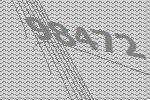
98472